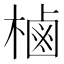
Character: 樐